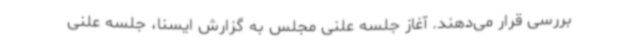
بررسی قرار می‌دهند. آغاز جلسه علنی مجلس به گزارش ایسنا، جلسه علنی